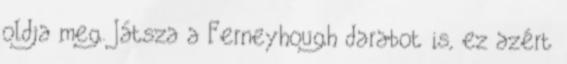
oldja meg. Játsza a Ferneyhough darabot is, ez azért